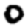
Digit: 0